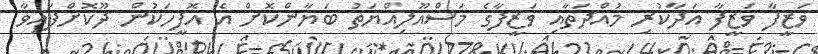
ވަޒީފާ ވަޒީފާ އަދާކުރި މުއްދަތާއި ވަޒީފާގެ މަސްއޫލިއްޔަތު ބަޔާންކޮށް އެ އޮފީހަކުން ދޫކޮށްފައިވާ